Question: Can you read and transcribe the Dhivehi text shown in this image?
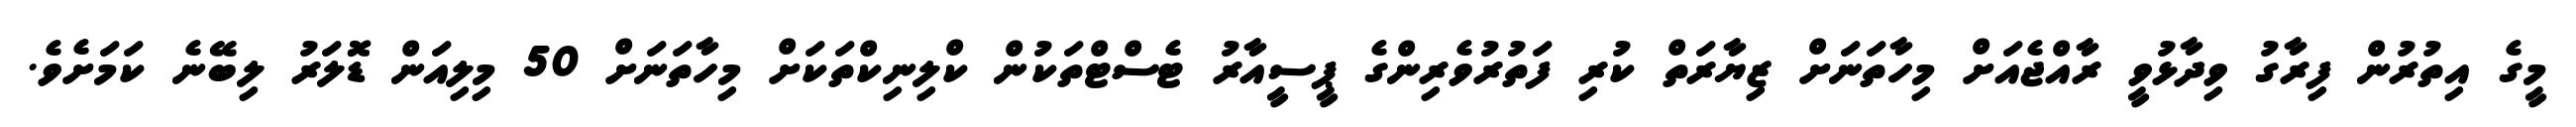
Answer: މީގެ އިތުރުން ފިރާގު ވިދާޅުވީ ރާއްޖެއަށް މިހާތަނަށް ޒިޔާރަތް ކުރި ފަތުރުވެރިންގެ ޕީސީއާރު ޓެސްޓްތަކުން ކްލިނިކްތަކަށް މިހާތަނަށް 50 މިލިއަން ޑޮލަރު ލިބޭނެ ކަމަށެވެ.